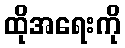
ထိုအရေးကို